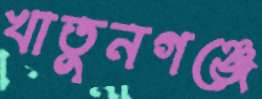
খাতুনগঞ্জে